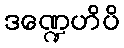
ဒဏ္ဍေဟိပိ